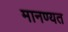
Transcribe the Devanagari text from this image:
मानण्यत